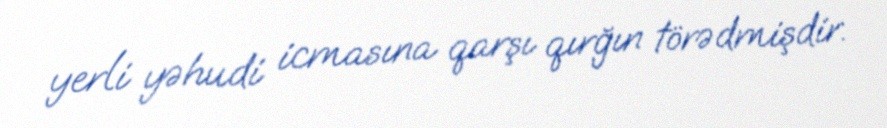
yerli yəhudi icmasına qarşı qırğın törədmişdir.